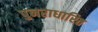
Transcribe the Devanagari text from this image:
पुनराधारित